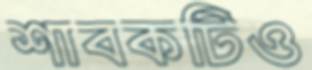
শাবকটিও